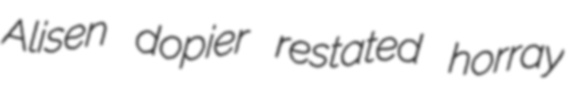
Alisen dopier restated horray